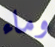
وماء